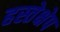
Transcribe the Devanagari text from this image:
हस्तेक्षेप